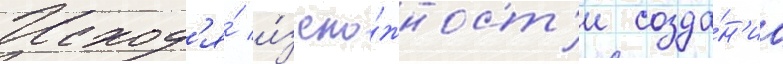
Исход'я́ и́з сло́жност'и созда́н'иа